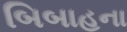
બિબાહના